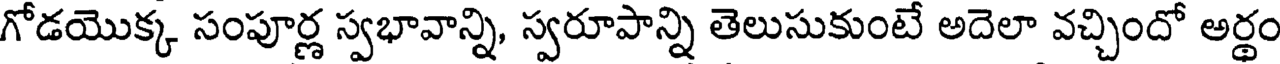
గోడయొక్క సంపూర్ణ స్వభావాన్ని, స్వరూపాన్ని తెలుసుకుంటే అదెలా వచ్చిందో అర్థం